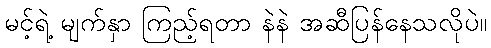
မင့်ရဲ့ မျက်နှာ ကြည့်ရတာ နဲနဲ အဆီပြန်နေသလိုပဲ။